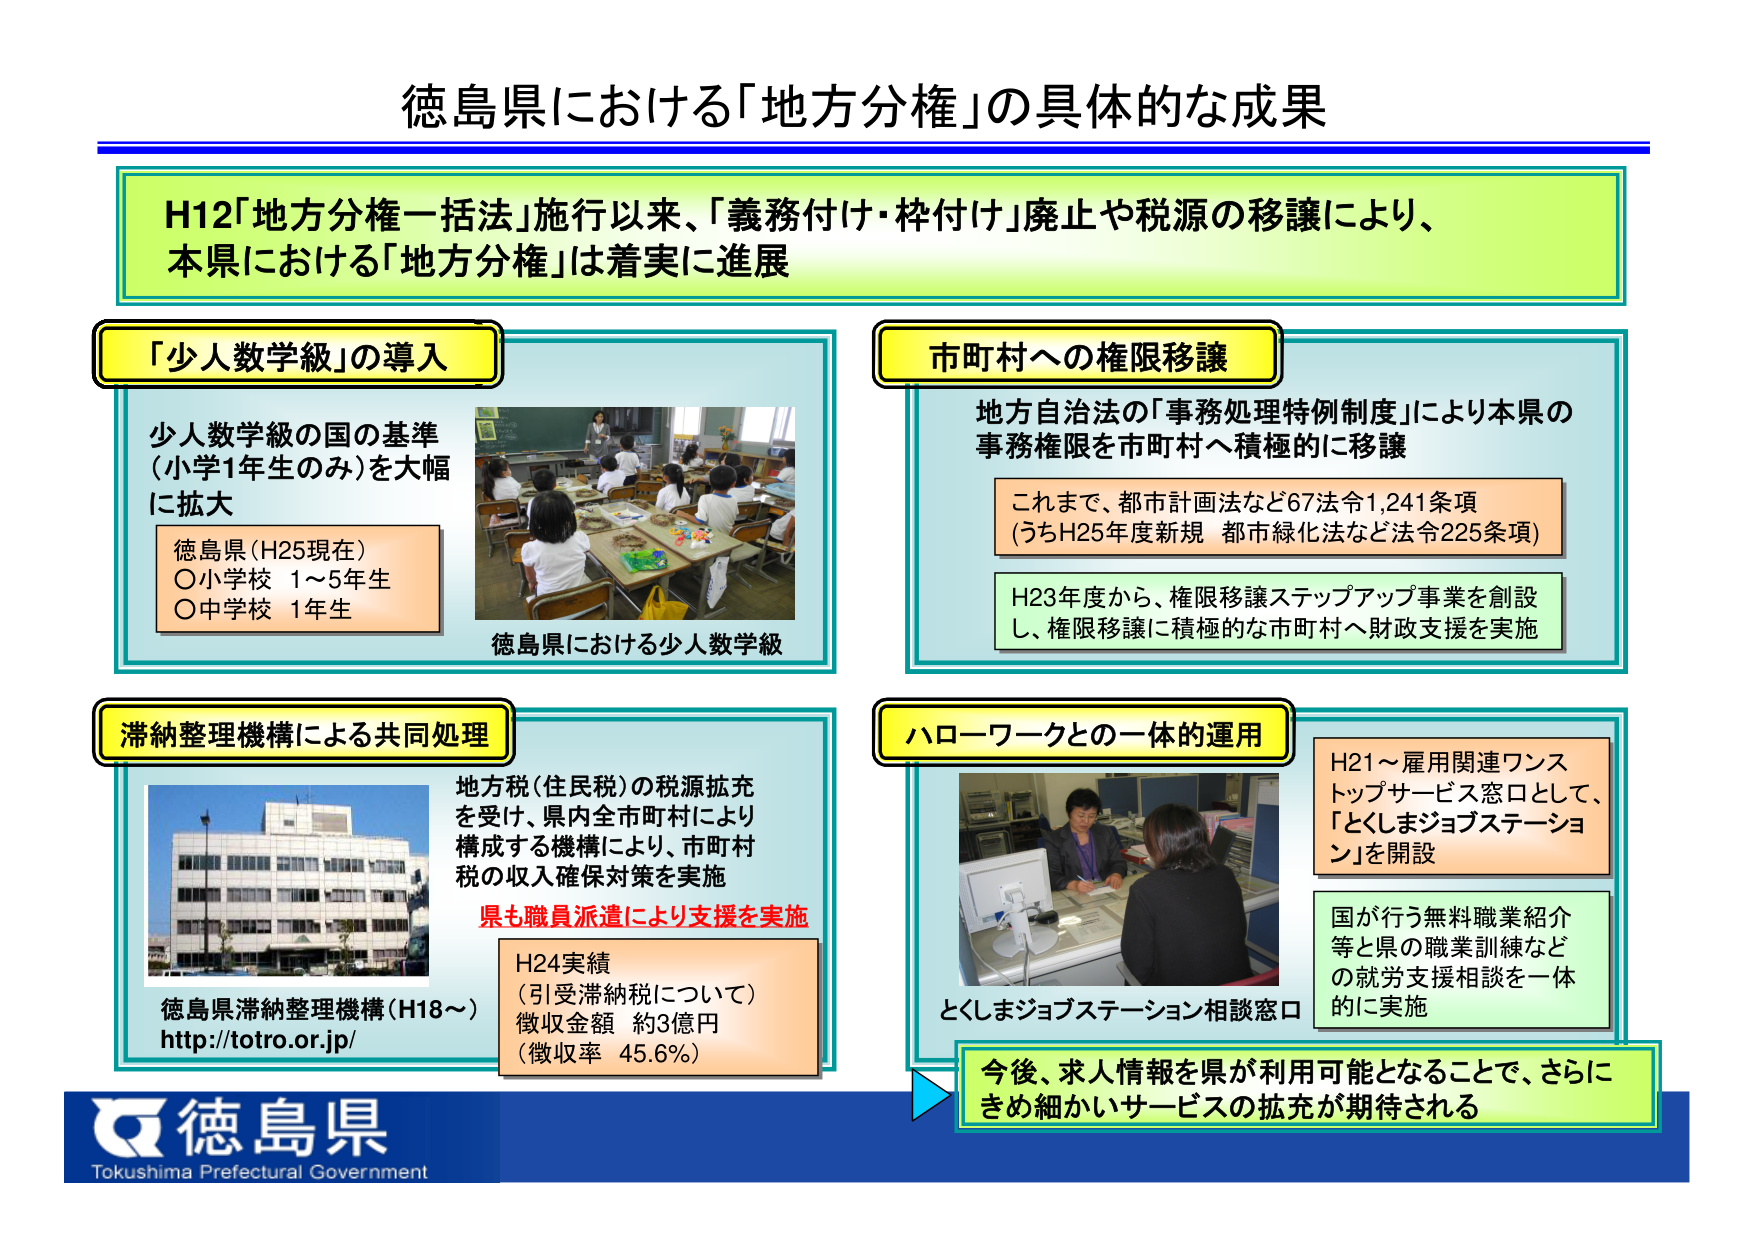
徳島県における「地方分権」の具体的な成果

H12「地方分権一括法」施行以来、「義務付け・枠付け」廃止や税源の移譲により、
本県における「地方分権」は着実に進展

「少人数学級」の導入
少人数学級の国の基準
（小学1年生のみ）を大幅に拡大
徳島県（H25現在）
〇小学校 1～5年生
〇中学校 1年生
徳島県における少人数学級

市町村への権限移譲
地方自治法の「事務処理特例制度」により本県の
事務権限を市町村へ積極的に移譲
これまで、都市計画法など67法令1,241条項
（うちH25年度新規 都市緑化法など法令225条項）
H23年度から、権限移譲ステップアップ事業を創設
し、権限移譲に積極的な市町村へ財政支援を実施

滞納整理機構による共同処理
地方税（住民税）の税源拡充
を受け、県内全市町村により
構成する機構により、市町村
税の収入確保対策を実施
県も職員派遣により支援を実施
H24実績
（引受滞納税について）
徴収金額 約3億円
（徴収率 45.6%）
徳島県滞納整理機構（H18～）
http://t otro.or.jp/

ハローワークとの一体的運用
H21～雇用関連ワンストップサービス窓口として、
「とくしまジョブステーション」を開設
国が行う無料職業紹介
等と県の職業訓練など
の就労支援相談を一体的に実施
とくしまジョブステーション相談窓口
今後、求人情報を県が利用可能となることで、さらに
きめ細かいサービスの拡充が期待される

徳島県
Tokushima Prefectural Government